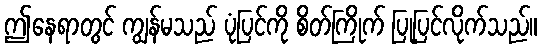
ဤနေရာတွင် ကျွန်မသည် ပုံပြင်ကို စိတ်ကြိုက် ပြုပြင်လိုက်သည်။